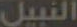
النبيل